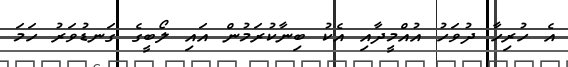
އެ ހުރިހާ ދުވަހު އުއްމީދާއި އެކު ބިނާކުރަމުން އައި ލޯބީގެ ގަނޑުވަރު ހަމަ